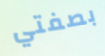
بصفتي